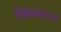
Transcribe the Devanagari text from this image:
विशेषांकांच्या